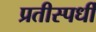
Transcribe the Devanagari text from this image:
प्रतीस्पर्धी